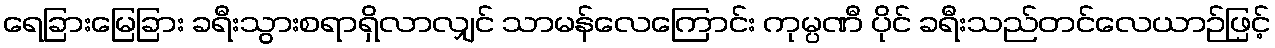
ရေခြားမြေခြား ခရီးသွားစရာရှိလာလျှင် သာမန်လေကြောင်း ကုမ္ပဏီ ပိုင် ခရီးသည်တင်လေယာဉ်ဖြင့်